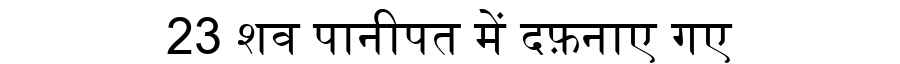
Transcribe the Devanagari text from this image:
23 शव पानीपत में दफ़नाए गए